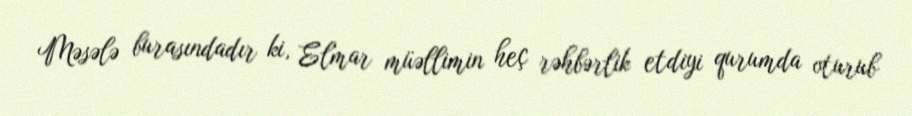
Məsələ burasındadır ki, Elmar müəllimin heç rəhbərlik etdiyi qurumda oturub